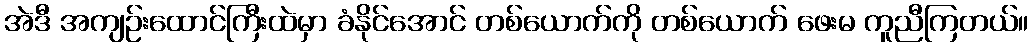
အဲဒီ အကျဉ်းထောင်ကြီးထဲမှာ ခံနိုင်အောင် တစ်ယောက်ကို တစ်ယောက် ဖေးမ ကူညီကြတယ်။